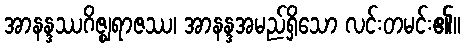
အာနန္ဒဿဂိဇ္ဈရာဇဿ၊ အာနန္ဒအမည်ရှိသော လင်းတမင်း၏။